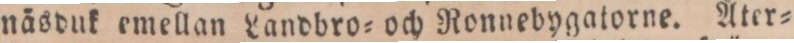
näsduk emellan Landbro= och Ronnebygatorne. Åter=